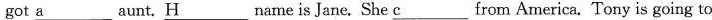
got a___ aunt. H___name is Jane. She c___from America. Tony is going to